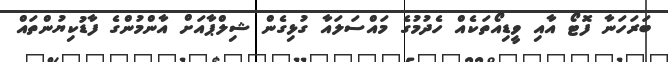
ބަރަހަނާ ފޮޓޯ އާއި ވީޑިއޯތަކެއް ހެދުމުގެ މައްސަލައާ ގުޅިގެން ޝިލްޕާއަށް އާންމުންގެ ފާޑުކިޔުންތައް